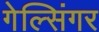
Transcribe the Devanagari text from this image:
गेल्सिंगर